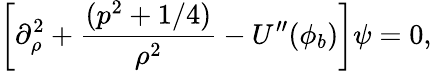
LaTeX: \left[\partial_{\rho}^{2}+\frac{(p^{2}+1/4)}{\rho^{2}}-U^{\prime\prime}(\phi_{b})\right]\psi=0,